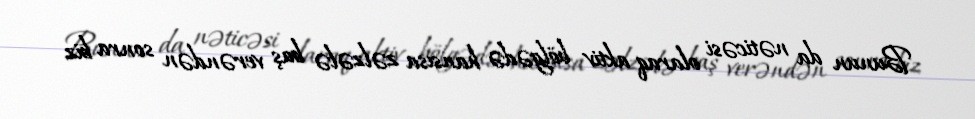
Bunun da nəticəsi olaraq aktiv bölgədə hansısa zəlzələ baş verəndən sonra biz